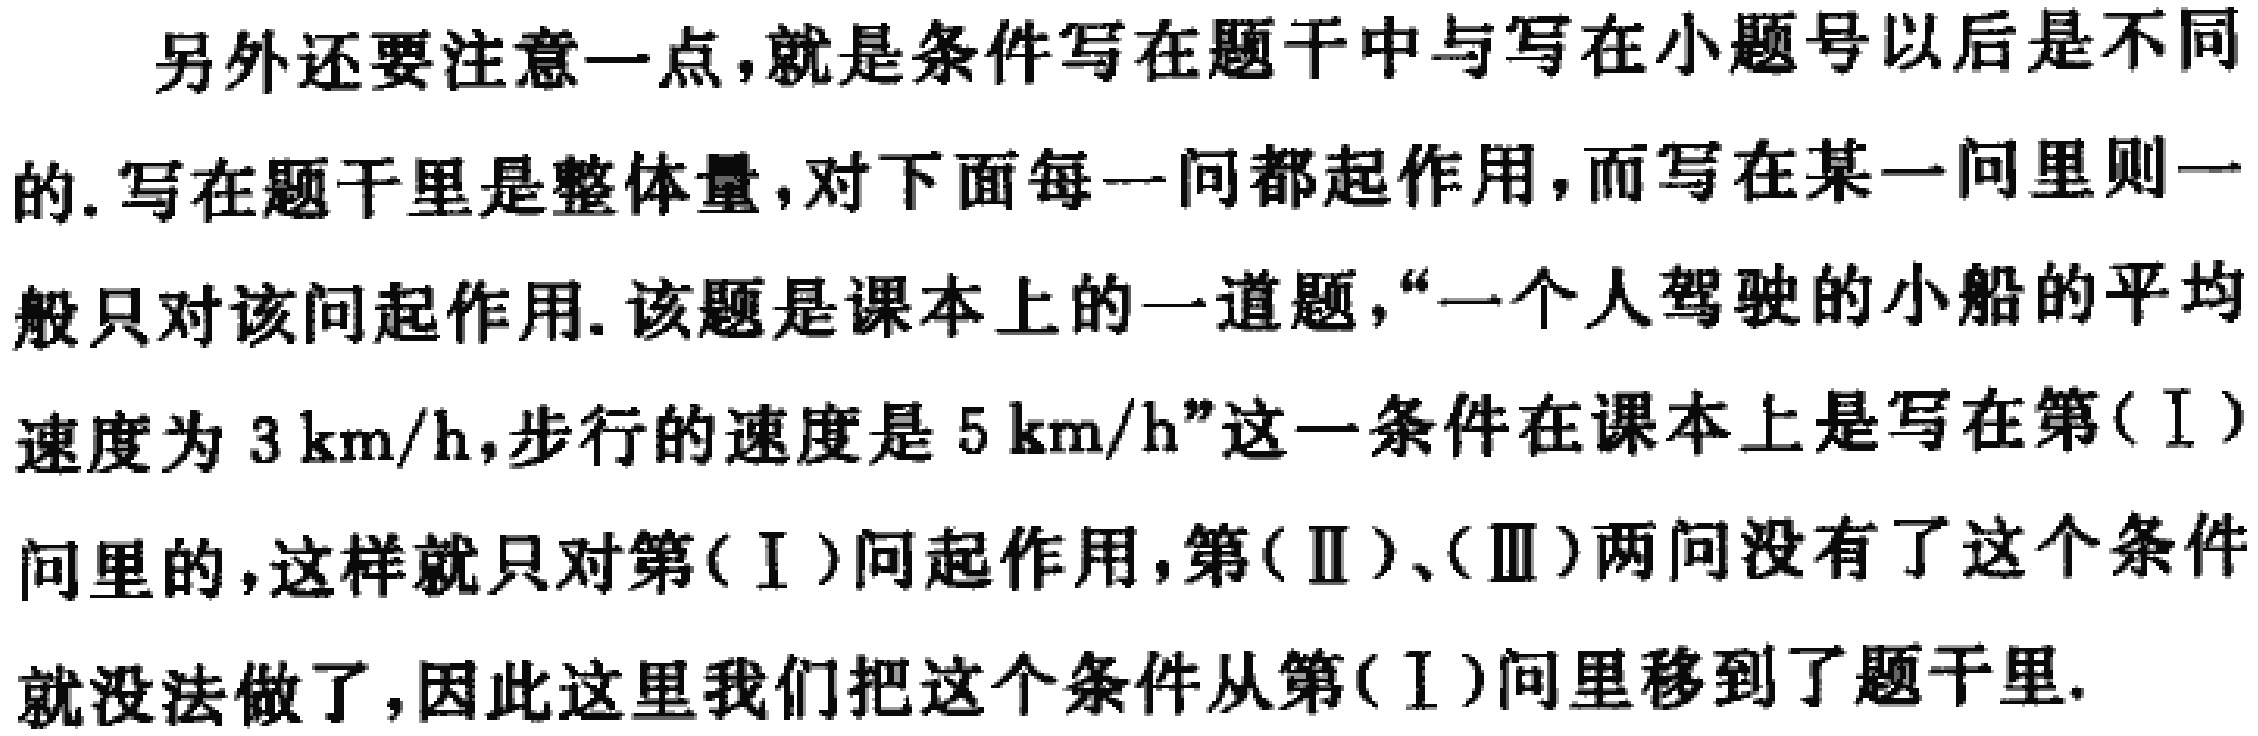
另外还要注意一点，就是条件写在题干中与写在小题号以后是不同的. 写在题干里是整体量，对下面每一问都起作用，而写在某一问里则一般只对该问起作用. 该题是课本上的一道题，“一个人驾驶的小船的平均速度为 \(3\mathrm{km/h}\)，步行的速度是 \(5\mathrm{km/h}\)”这一条件在课本上是写在第(Ⅰ)问里的，这样就只对第(Ⅰ)问起作用，第(Ⅱ)、(Ⅲ)两问没有了这个条件就没法做了，因此这里我们把这个条件从第(Ⅰ)问里移到了题干里.